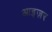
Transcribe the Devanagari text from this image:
आइज़र